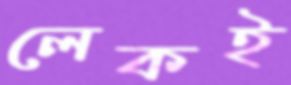
লেকই